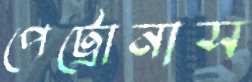
পেট্রোনাস